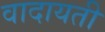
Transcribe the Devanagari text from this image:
वादायती